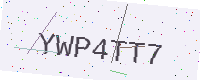
Text: YWP4TT7